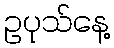
ဥပုသ်နေ့